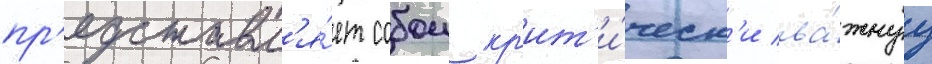
пр'едставл'я́ет собои кр'ит'и́ческ'и ва́жнуу